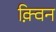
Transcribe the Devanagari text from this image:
क़्विन